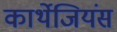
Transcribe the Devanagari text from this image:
कार्थेजियंस